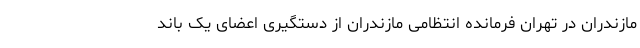
مازندران در تهران فرمانده انتظامی مازندران از دستگیری اعضای یک باند